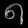
Digit: ၈